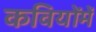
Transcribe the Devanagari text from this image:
कवियोंमें